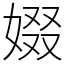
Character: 娺